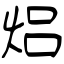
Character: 焒